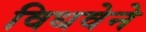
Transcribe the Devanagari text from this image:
विधवेने